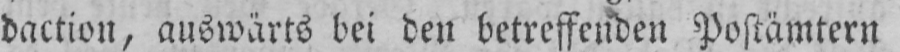
daction, auswärts bei den betreffenden Postämtern